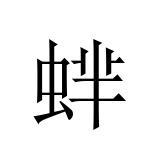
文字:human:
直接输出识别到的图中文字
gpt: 蝆